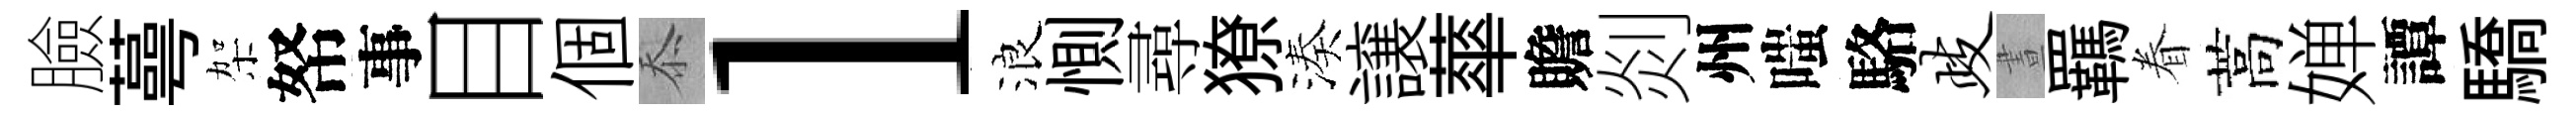
臉蕚架帑事目個忝l浪惻尋獠湊譲蕐贍剡州嗤駱歧晝羈眷蒿婵譚驕